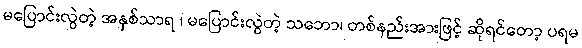
မပြောင်းလွဲတဲ့ အနှစ်သာရ ၊ မပြောင်းလွဲတဲ့ သဘော၊ တစ်နည်းအားဖြင့် ဆိုရင်တော့ ပရမ